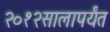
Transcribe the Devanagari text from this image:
२०१२सालापर्यंत